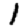
Digit: 1